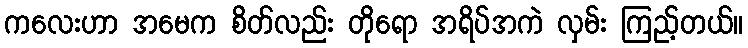
ကလေးဟာ အမေက စိတ်လည်း တိုရော အရိပ်အကဲ လှမ်း ကြည့်တယ်။